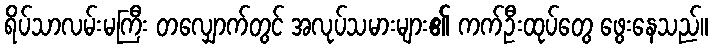
ရိပ်သာလမ်းမကြီး တလျှောက်တွင် အလုပ်သမားများ၏ ကက်ဦးထုပ်တွေ ဖွေးနေသည်။